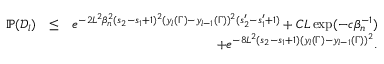
\begin{array} { r l r } { \mathbb { P } ( \mathcal { D } _ { l } ) } & { \leq } & { e ^ { - 2 L ^ { 2 } \beta _ { n } ^ { 2 } ( s _ { 2 } - s _ { 1 } + 1 ) ^ { 2 } ( y _ { l } ( \Gamma ) - y _ { l - 1 } ( \Gamma ) ) ^ { 2 } ( s _ { 2 } ^ { \prime } - s _ { 1 } ^ { \prime } + 1 ) } + C L \exp ( - c \beta _ { n } ^ { - 1 } ) } \\ & { } & { + e ^ { - 8 L ^ { 2 } ( s _ { 2 } - s _ { 1 } + 1 ) ( y _ { l } ( \Gamma ) - y _ { l - 1 } ( \Gamma ) ) ^ { 2 } } . } \end{array}